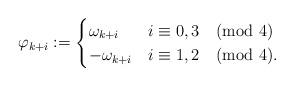
LaTeX: \begin{align*}\varphi_{k + i} := \begin{cases} \omega_{k +i} & i \equiv 0,3 \pmod {4} \\ -\omega_{k +i} & i \equiv 1,2 \pmod {4}.\end{cases}\end{align*}